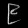
Digit: ၉